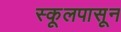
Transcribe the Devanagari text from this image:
स्कूलपासून